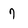
Character: 7